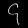
Digit: ၄